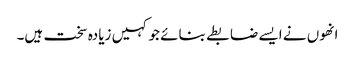
انھوں نے ایسے ضابطے بنائے جو کہیں زیادہ سخت ہیں۔